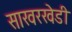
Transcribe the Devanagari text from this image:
साखरखेडी